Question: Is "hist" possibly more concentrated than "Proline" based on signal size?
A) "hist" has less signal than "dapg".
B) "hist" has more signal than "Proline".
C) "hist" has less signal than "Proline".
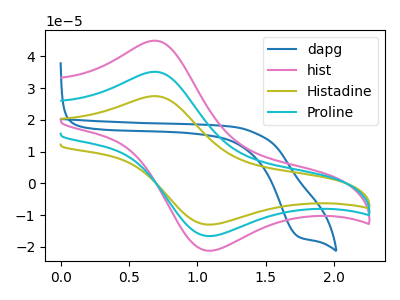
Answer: <think>The blue curve "dapg" has a cathodic peak at: (1.75V, -16.60uA). The pink curve "hist" has an anodic peak at (0.70V, 44.95uA) and a cathodic peak at (1.05V, -21.15uA). The olive curve "Histadine" has an anodic peak at (0.70V, 70.30uA) and a cathodic peak at (1.05V, -33.05uA). The cyan curve "Proline" has an anodic peak at (0.70V, 35.15uA) and a cathodic peak at (1.05V, -16.55uA).
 All the peaks in "hist" have a peak in "Proline" at the same potential. Every peak in "hist" is higher than every peak in "Proline".</think>
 <answer>B) "hist" has more signal than "Proline".</answer>
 <eval>B</eval>